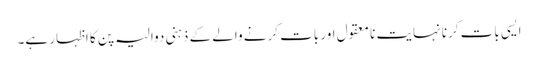
ایسی بات کرنا نہایت نا معقول اور بات کرنے والے کے ذہنی دوالیہ پن کا اظہار ہے۔